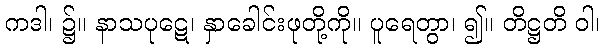
ကဒါ၊ ၌။ နာသပုဋေ၊ နှာခေါင်းဖုတို့ကို။ ပူရေတွာ၊ ၍။ တိဋ္ဌတိ ဝါ၊